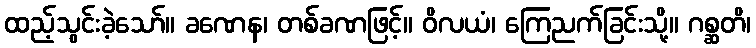
ထည့်သွင်းခဲ့သော်။ ခဏေန၊ တစ်ခဏဖြင့်။ ဝိလယံ၊ ကြေညက်ခြင်းသို့။ ဂစ္ဆတိ၊